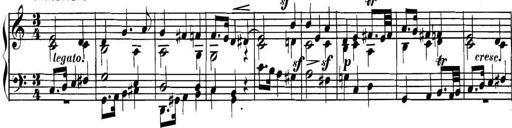
Title: Collected Piano Sonatas
Composer: Muzio Clementi